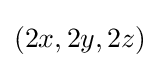
(2x,2y,2z)